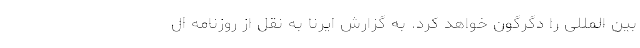
بین المللی را دگرگون خواهد کرد. به گزارش ایرنا به نقل از روزنامه ال